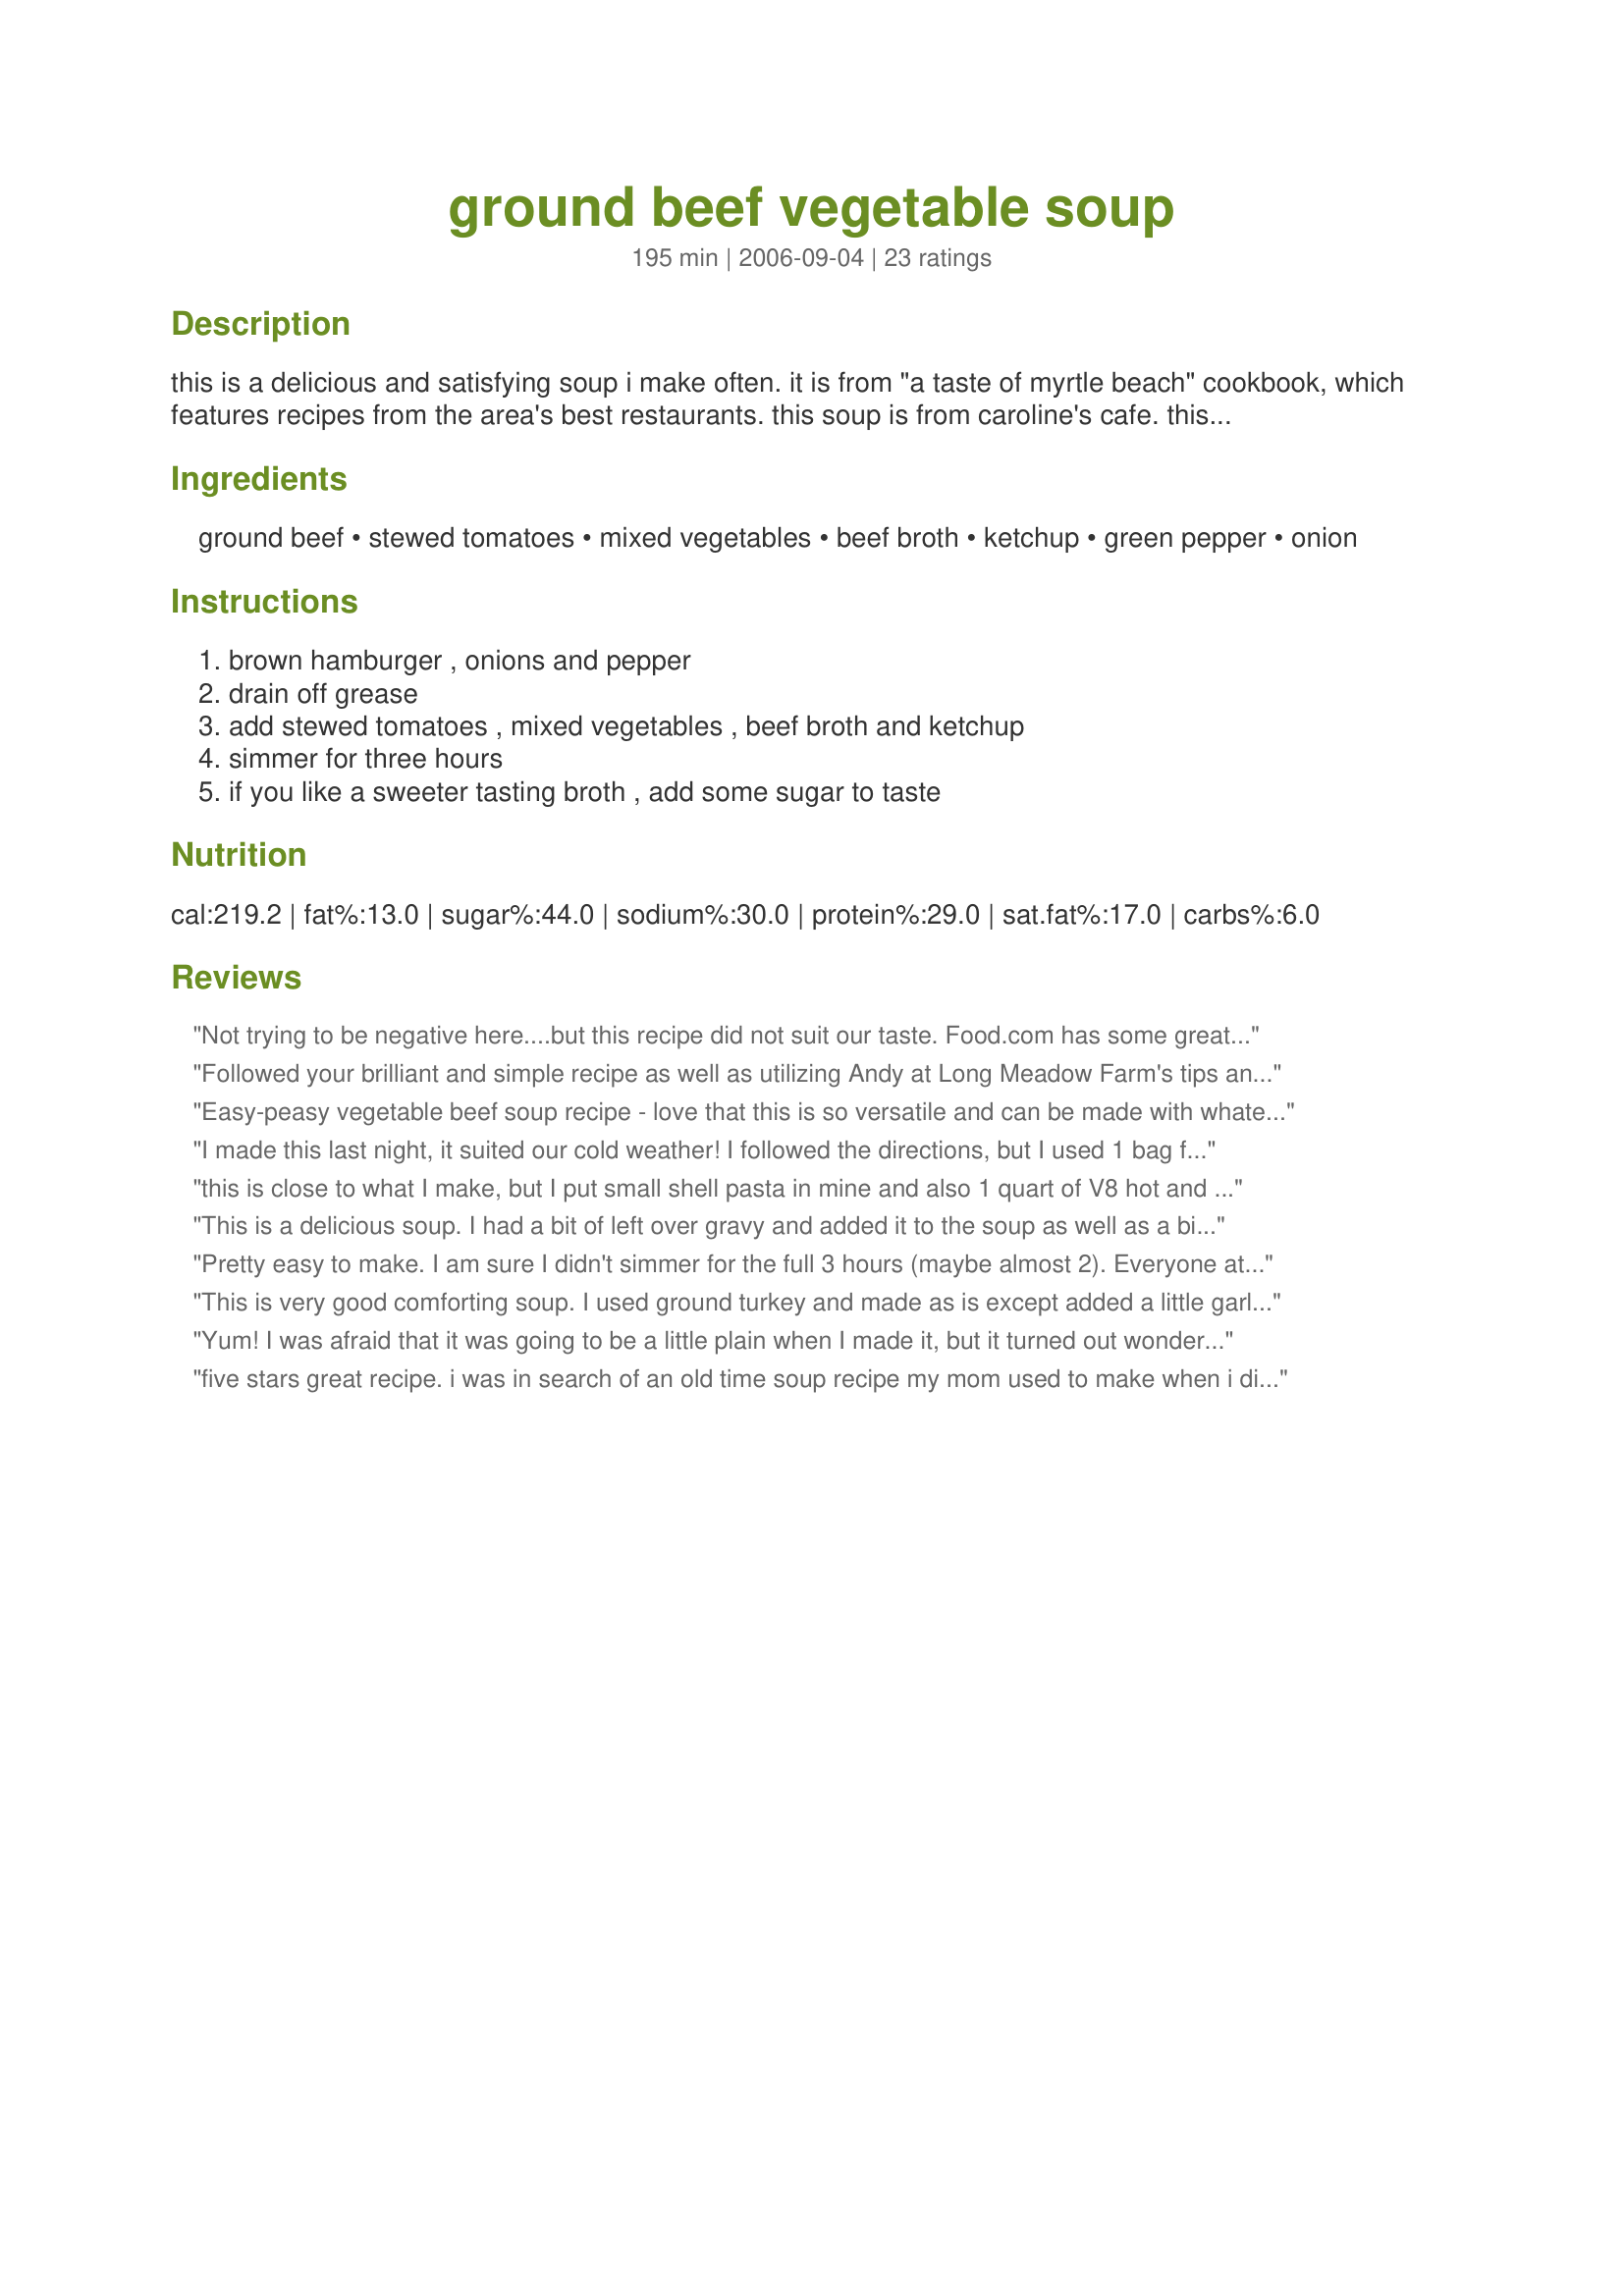
ground beef vegetable soup
Preparation time: 195 minutes

this is a delicious and satisfying soup i make often. it is from "a taste of myrtle beach" cookbook, which features recipes from the area's best restaurants. this soup is from caroline's cafe. this also works very well in the crockpot. just brown the ground beef and add everything else to the crockpot and let it cook on low for about 6 hours.

Ingredients:
ground beef, stewed tomatoes, mixed vegetables, beef broth, ketchup, green pepper, onion

Steps:
brown hamburger , onions and pepper, drain off grease, add stewed tomatoes , mixed vegetables , beef broth and ketchup, simmer for three hours, if you like a sweeter tasting broth , add some sugar to taste

Reviews:
Not trying to be negative here....but this recipe did not suit our taste. Food.com has some great recipes, but this isn&#039;t one of them. Imagine eating ground beef and vegetables (okay, good so far) completely smothered in ketchup. Yes, it was sickeningly sweet in a way that only ketchup can make a dish. Frankly, it tasted like something I remember being served in a public school lunch room. Three bites in and we threw it the whole thing out and started digging the the fridge for leftovers. If you love sweet entrees, then this may be a good recipe for you. If not I wouldn&#039;t risk it.
Followed your brilliant and simple recipe as well as utilizing Andy at Long Meadow Farm's tips and they worked beautifully at the end. I used fresh green beans, carrots and celery with a bit of chopped frozen spinach instead of the canned vegies. I also added one big glub of worchestire sauce and liberally seasoned the drained beef with salt and pepper. DH loved it! Thank you for an EXCELLENT KEEPER!! We will use it again and again.
Easy-peasy vegetable beef soup recipe - love that this is so versatile and can be made with whatever you have hanging around! I halved the ground beef and opted for the frozen veggies. Browned the beef and then threw everything into a crockpot on Low for 8 hours and it was great. The ketchup does add a little somethin'-somethin' - don't omit it!
I made this last night, it suited our cold weather! I followed the directions, but I used 1 bag frozen mixed veggies as the poster mentions. Turned out great. Hubby asked what was different--you get a slight hint of a vinegary taste--from the ketchup--that he really liked. Very easy, and we will definitely make again. Thanks for sharing.
this is close to what I make, but I put small shell pasta in mine and also 1 quart of V8 hot and spicey instead of ketchup.....
This is a delicious soup. I had a bit of left over gravy and added it to the soup as well as a bit of freshly ground pepper. Other than that I followed the recipe as written.
Pretty easy to make. I am sure I didn't simmer for the full 3 hours (maybe almost 2). Everyone ate it and no one commented. I found it too sweet.
This is very good comforting soup. I used ground turkey and made as is except added a little garlic powder. Next time I think I may add some macaroni to this. Very good overall. Thanks for submitting such a easy and tasty meal.
Yum! I was afraid that it was going to be a little plain when I made it, but it turned out wonderfully!
five stars great recipe. i was in search of an old time soup recipe my mom used to make when i discovered this one; sounded good so tried it, it is the best i have ever eaten makes you wish you would never get full so you could keep eating it! it is a keeper for me. thanks Lainey for sharing.
My husband's family recently came together to work on sorting 40 years' accumulation of my in-laws "things" after his mother passed away and his father moved into a retirement facility. I needed something good, filling, and easy to prepare. This recipe received RAVE reviews from everyone who ate it! I did add macaroni as suggested in one comment, and to make the recipe go further, I added one packet of dry onion soup mix + 4 cups of water. It was SO tasty, and enjoyed by the hungry crew!
Wonderfully quick and easy to make with ingredients I just about always have on hand. Tasty, too. Thanks!
This soup is so yummy! We will definately be adding this to our regular line-up! Didnt change a thing! It was awesome!
My family loved this soup. I did puree the tomatoes(I used one can of spicy and 1 regular). I added a little extra broth, so I could add in some barley and chick peas. Very filling and filled with flavour. Thanks for the recipe.
Just had to write a comment about this soup. My family has been making a variation of this for years and years. We use all sorts of canned vegetables and beans and cut up carrots, potatoes, and cabbage. The ketchup definitely is the secret. great with crackers or cornbread.
Made this with frozen veg's, V8 Hot & Spicy, Boca instead of ground beef and added small shell pasta; Excellent. Made Cornbread #4496 to go with and it was the perfect cold winter night meal. Thank you!
Love this recipe and have made it several time, but I&#039;ve changed it a bit:

- Season ground beef with minced garlic, salt, pinch of parsley and onions. Brown together.
- I use tri-colored carrots, peas, celery, corn, and kidney beans
- Ketchup is way too sweet, so I add regular tomato sauce and garlic infused stewed tomatoes
_ This recipe needs all the salt it can get, so I wouldn&#039;t use low salt/sodium broth, tomato sauce, etc.

The kids and Hubs devour this! Serve it with salad and your favorite delish bread!
As a native Sandlapper and former resident of the Grand Strand, somehow missed this local dish. It is great! Added a dash of worcestershire sauce for a kick and used frozen veggies.
This recipe reminds me of the soup my father used to make. He kept a large freezer bowl in the freezer to put all the left overs after each meal. It would contain all kinds of meats, from hot dogs to pork chops, rice, macoroni, potatoes, and all kinds of vegetables. When the bowl would get full, he would make a BIG pot of soup and make cornbread to go with it. Wonderful. If there wasn't enough meat, he would put corned beef, hamburger or whatever was on hand. The same with vegetables. If not enough, he would add mixed vegetables from a can.
Delicious! No onions were used, due to allergies, but, it wasn't missed. I replaced with diced celery. Yum, thank you.
Lainey6605, you are so PURRfect in your wonderful, comforting meals/soups. Another winner! This is so simplistic in ease, but the taste is outstanding. A true pot of soup that was declared "WOW" by the folks at the Saturday lunch table. I started this in the morning, and was absolutely blooming with taste by lunch. I followed this exactly, except added fresh minced garlic, celery, (I needed to use up) and my own tomato puree that was canned from the previous summer. And just for a special effect, added a tablespoon of butter at the end, prior to serving along with fresh oregano, and a blast of Parmesan cheese. Terrific, a real keeper!
This was incredible! Went together fast and easy, and the result was rich and satisfying- perfect for a gloomy fall day, Thank you so much for sharing, we'll be making this again!!
This is kind of like one that I've made for years except for the beef broth and ketchup. I like yours better though. It has a great flavor to it.
